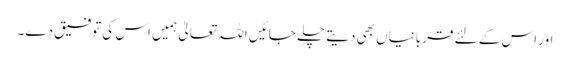
اور اس کے لئے قربانیاں بھی دیتے چلے جائیں اللہ تعالیٰ ہمیں اس کی توفیق دے۔